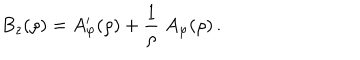
LaTeX: B _ { z } ( \rho ) = A _ { \varphi } ^ { \prime } ( \rho ) + { \frac { 1 } { \rho } } \; A _ { \varphi } ( \rho ) \, .